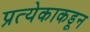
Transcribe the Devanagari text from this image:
प्रत्येकाकडून